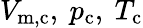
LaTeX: V_{\mathrm{m,c}},\ p_{\mathrm{c}},\ T_{\mathrm{c}}